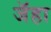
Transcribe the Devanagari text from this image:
जॅहा